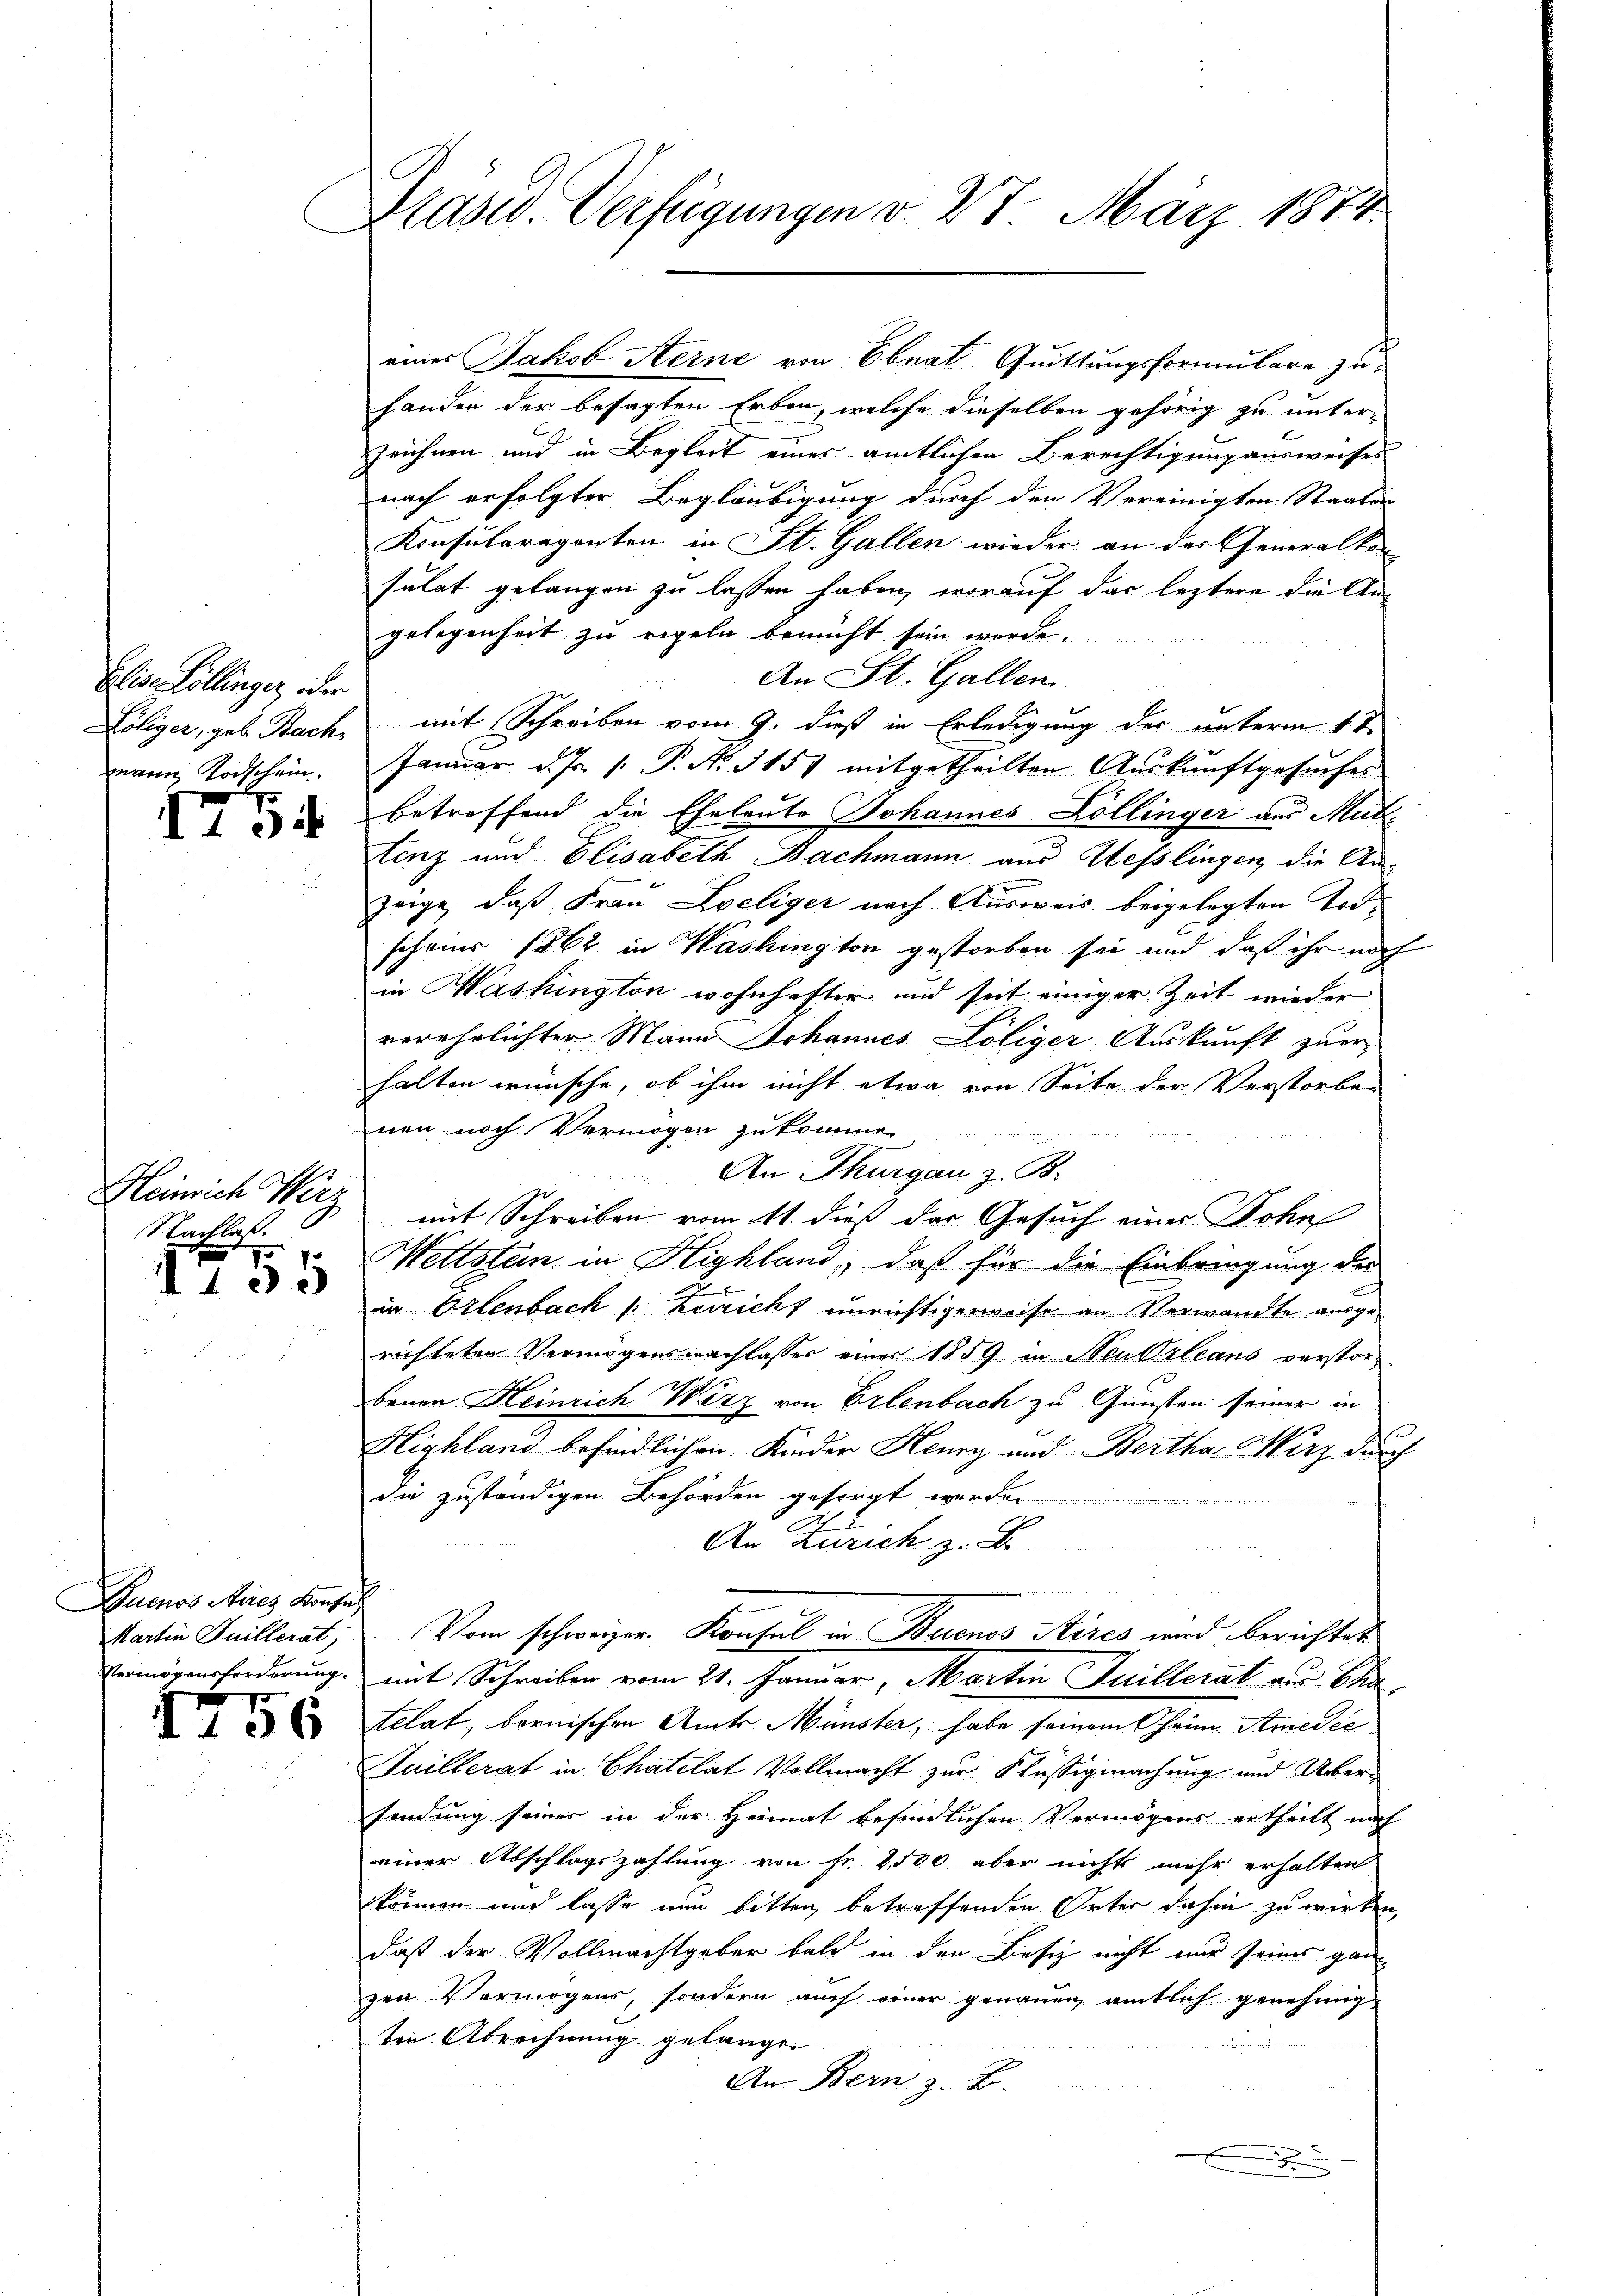
Elis. Köllinger, oder
Föliger, geb. Bach
mann Todschein.

I754

Heinrich Wirz
Nachlas

d.105

Buenos Aricz Konsul
Martin Juillerat,

1756

Prasw. Verfügungen v. 27. März 1874

eines Jakob Kerne von Ebnat Quittungsformulare zu
handen der besagten Erben, welche dieselben gehörig zu unterzeichnen und in Begleit eines amtlichen Berechtigung ausweises
nach erfolgter Begläubigung durch den Vereinigten Staaten
Konsularagenten in St. Gallen: wieder an der Generalkon
sulat gelangen zu lassen haben, worauf das leztere die An-
gelegenheit zu regeln bemüht sein werde.
An St. Gallen.
mit Schreiben vom 9. dieß in Erledigung der unterm 1te
Janŭar d. Js. 1. P. Nr. 3151 mitgetheilten Aŭskŭnftgesŭches
betreffend die Eheleute Johannes Köllinger aus Mutstenz und Elisabeth Bachmann aus Hesslingen die Aus
zeige, daß Frau Zoeliger nach Ausweis beigelegten Todscheins 1862 in Washington gestorben sei und daß ihr noch
in Mashington wohnhafter und seit einiger Zeit wieder
verehelichter Mann Johannes Loliger Auskunft zuerhalten wünsche, ob ihm nicht etwa von Seite der Verstorben
nen noch Vermögen zukomme.
An Thurgau z. B.
mit Schreiben vom 11. dieß das Gesuch einer Sohn
Wettsten in Highland, daß für die Einbringung der
in Erlenbach Kerricht unrichtigerweise an Verwandte ausgerichteten Vermögensnachlasses einer 1859 in Neukrleans verstorbenen Heinrich Wirz von Erlenbach zu Gunsten seiner in
Highland befindlichen Kinder Henry und Bertha Merz durch
die zuständigen Behörden gesorgt werden

An Zürich z. B.
Vom schweizer. Konsul in Buenos Aires wird berichtet
Vermögensforderung, mit Schreiben vom 21. Januar, Martin Juillerat aus Cha
telat, bernischen Amts Münster, habe seinem Oheim Amerie
Juillerat in Chatelat Vollmacht zur Flüssigmachung und Uebersendung seiner in der Heimat befindlichen Vermögens ertheilt nach
einer Abschlagszahlung von Fr. 2500 aber nichts mehr erhalten
körnen und lasse nun bitten, betreffenden Unter dahin zu wirken,
daß der Vollmachtgeber bald in den Besiz nicht eine seines ganzen Vermögens, sondern auch einer genauen amtlich genehmig-
ten Abrechnung gelange.
An Bern z. B.